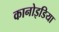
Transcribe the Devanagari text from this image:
कानोइडिया